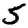
Digit: 5